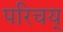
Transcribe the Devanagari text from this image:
परिचय्